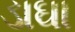
ડાઘા